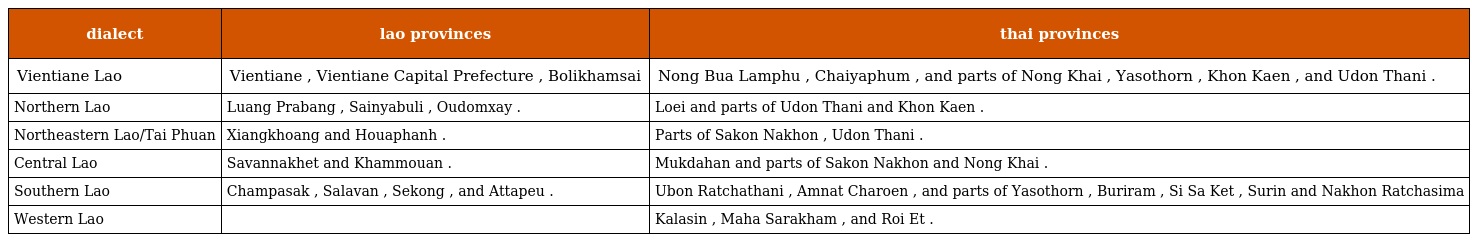
| dialect | lao provinces | thai provinces |
 | --- | --- | --- |
 | Vientiane Lao | Vientiane , Vientiane Capital Prefecture , Bolikhamsai | Nong Bua Lamphu , Chaiyaphum , and parts of Nong Khai , Yasothorn , Khon Kaen , and Udon Thani . |
 | Northern Lao | Luang Prabang , Sainyabuli , Oudomxay . | Loei and parts of Udon Thani and Khon Kaen . |
 | Northeastern Lao/Tai Phuan | Xiangkhoang and Houaphanh . | Parts of Sakon Nakhon , Udon Thani . |
 | Central Lao | Savannakhet and Khammouan . | Mukdahan and parts of Sakon Nakhon and Nong Khai . |
 | Southern Lao | Champasak , Salavan , Sekong , and Attapeu . | Ubon Ratchathani , Amnat Charoen , and parts of Yasothorn , Buriram , Si Sa Ket , Surin and Nakhon Ratchasima |
 | Western Lao |  | Kalasin , Maha Sarakham , and Roi Et . |